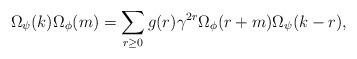
LaTeX: \begin{align*} \Omega_\psi(k)\Omega_\phi(m)= \sum_{r\geq 0}g (r)\gamma^{2r}\Omega_\phi(r+m)\Omega_\psi(k-r),\end{align*}